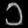
Digit: ၁